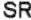
SR